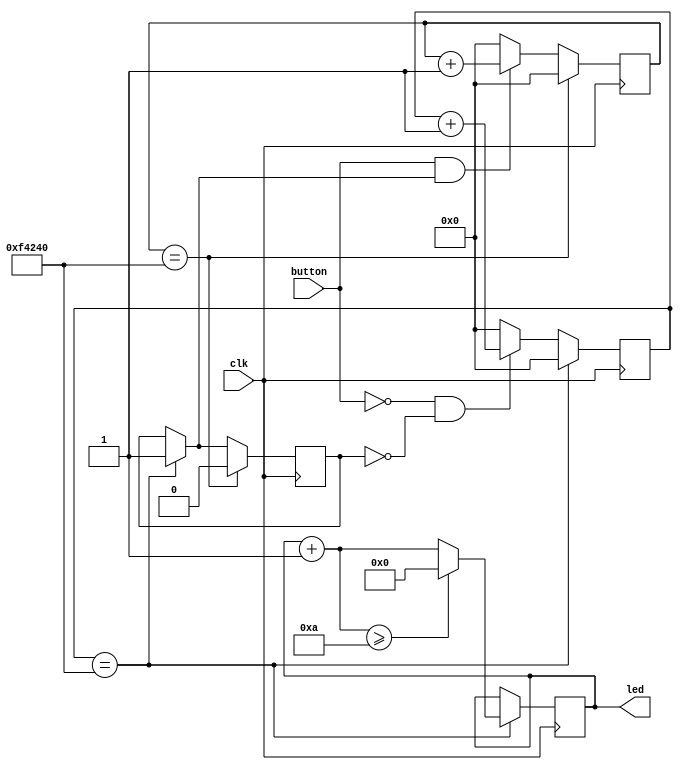
module led_button_count(
              input clk, 
				  input button,
				  output [3:0]led
				 );
				 
	reg [3:0]count;
	reg [24:0]button_pressed, button_not_pressed;
	reg button_state = 1'b1;
	
	
	
	always @(posedge clk)
	  begin
	    if (!button & !button_state)
		     begin
			     button_pressed <=  button_pressed + 1'b1;
			  end
		else
	    begin	
		  button_pressed <= 25'b0;
		 end
		
		if(button_pressed == 25'd1000000)		
		 begin
			count = count + 1'b1;
			button_pressed <= 25'b0;
			button_state = 1'b1;
			if (count >= 10)
			count = 0;
		 end
	////////////////////////////////	 
		 if(button & button_state)
			begin
			button_not_pressed <= button_not_pressed + 1'b1;		
			end

		else
			begin
			button_not_pressed <= 25'b0;
			end

		if(button_not_pressed == 25'd1000000)
			begin
			button_not_pressed <= 25'b0;
			button_state = 1'b0;
			end
		end		
		
		assign led[3:0] = count[3:0];

endmodule